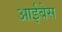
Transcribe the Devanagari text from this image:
आईबेस